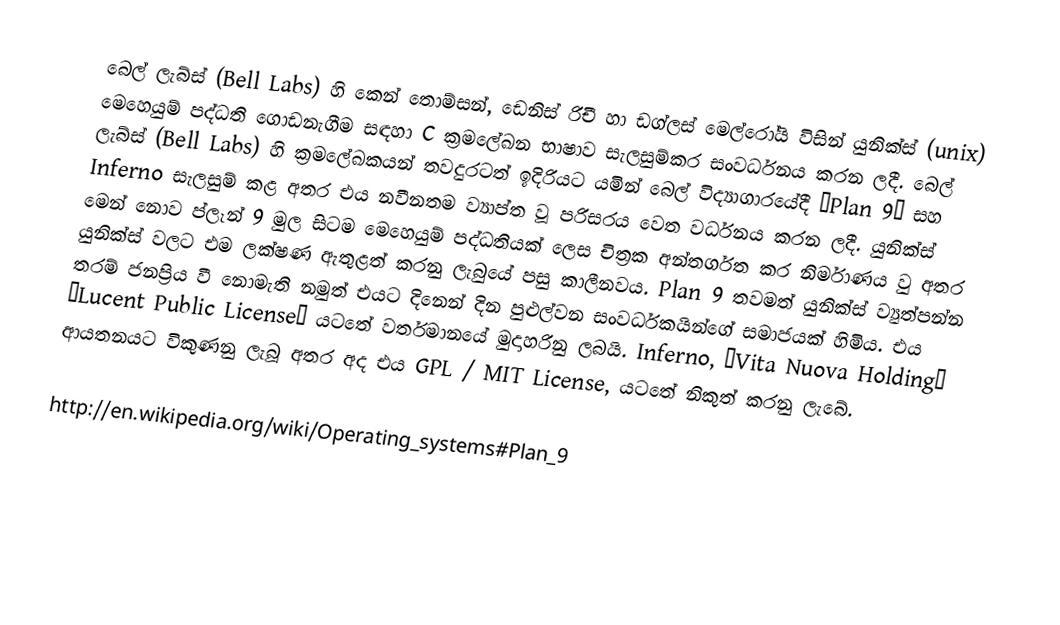
බෙල් ලැබ්ස් (Bell Labs) හි කෙන් තොම්සන්, ඩෙනිස් රිචී හා ඩග්ලස් මෙල්රෝයි විසින් යුනික්ස් (unix) මෙහෙයුම් පද්ධති ගොඩනැගීම සඳහා  C ක්‍රමලේඛන භාෂාව සැලසුම්කර සංවර්ධනය කරන ලදී. බෙල් ලැබ්ස් (Bell Labs) හි ක්‍රමලේඛකයන් තවදුරටත් ඉදිරියට යමින් බෙල් විද්‍යාගාරයේදී “Plan 9” සහ Inferno සැලසුම් කළ අතර එය නවීනතම  ව්‍යාප්ත වූ පරිසරය වෙත වර්ධනය කරන ලදී.  යුනික්ස් මෙන් නොව ප්ලෑන් 9 මුල සිටම මෙහෙයුම් පද්ධතියක් ලෙස චිත්‍රක අන්තර්ගත කර නිර්මාණය වු අතර යුනික්ස් වලට එම ලක්ෂණ ඇතුළත් කරනු ලැබුයේ පසු කාලීනවය.  Plan 9 තවමත් යුනික්ස් ව්‍යුත්පන්න තරම් ජනප්‍රිය වී නොමැති නමුත් එයට දිනෙන් දින පුළුල්වන සංවර්ධකයින්ගේ සමාජයක් හිමිය. එය “Lucent Public License” යටතේ වර්තමානයේ මුදාහරිනු  ලබයි. Inferno, “Vita Nuova Holding” ආයතනයට විකුණනු ලැබූ අතර අද එය GPL / MIT License, යටතේ නිකුත් කරනු ලැබේ.

http://en.wikipedia.org/wiki/Operating_systems#Plan_9